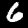
Digit: 6